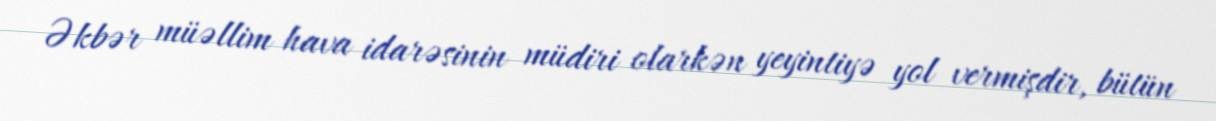
Əkbər müəllim hava idarəsinin müdiri olarkən yeyintiyə yol vermişdir, bütün